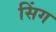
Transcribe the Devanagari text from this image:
सिंग